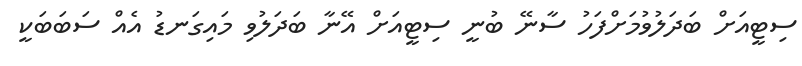
ސިޓީއަށް ބަދަލުވުމަށްފަހު ސާނޭ ބުނީ ސިޓީއަށް އޭނާ ބަދަލުވި މައިގަނޑު އެއް ސަބަބަކީ